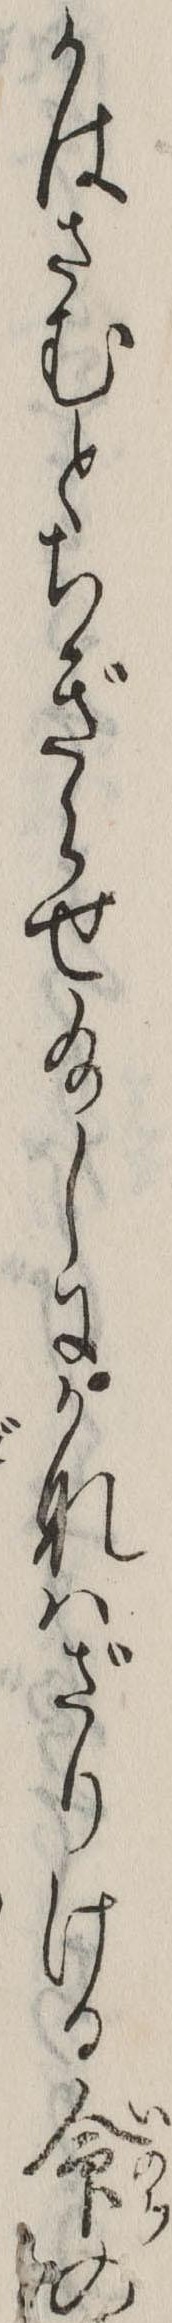
かはさむとちぎらせ給しにかなはざりける命の